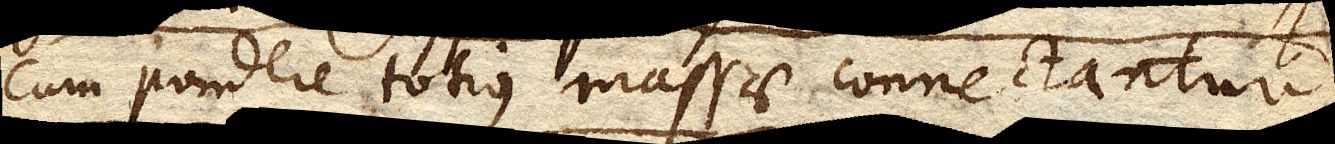
cum pondere totius massae connectantur.